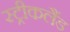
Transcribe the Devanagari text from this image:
स्ट्रीकलैंड